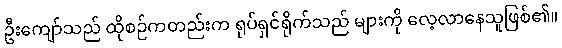
ဦးကျော်သည် ထိုစဉ်ကတည်းက ရုပ်ရှင်ရိုက်သည် များကို လေ့လာနေသူဖြစ်၏။